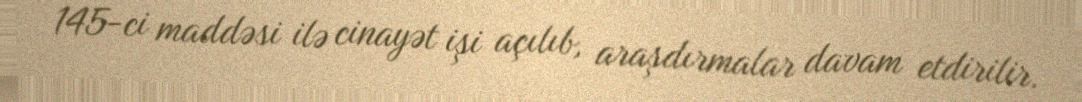
145-ci maddəsi ilə cinayət işi açılıb, araşdırmalar davam etdirilir.